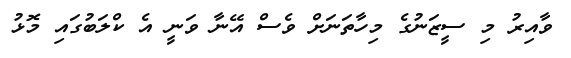
ވާއިރު މި ސީޒަނުގެ މިހާތަނަށް ވެސް އޭނާ ވަނީ އެ ކްލަބުގައި މޮޅު